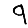
Digit: 9